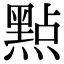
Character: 㸃